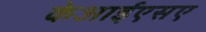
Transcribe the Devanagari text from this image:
केआईएसए